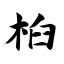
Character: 桕